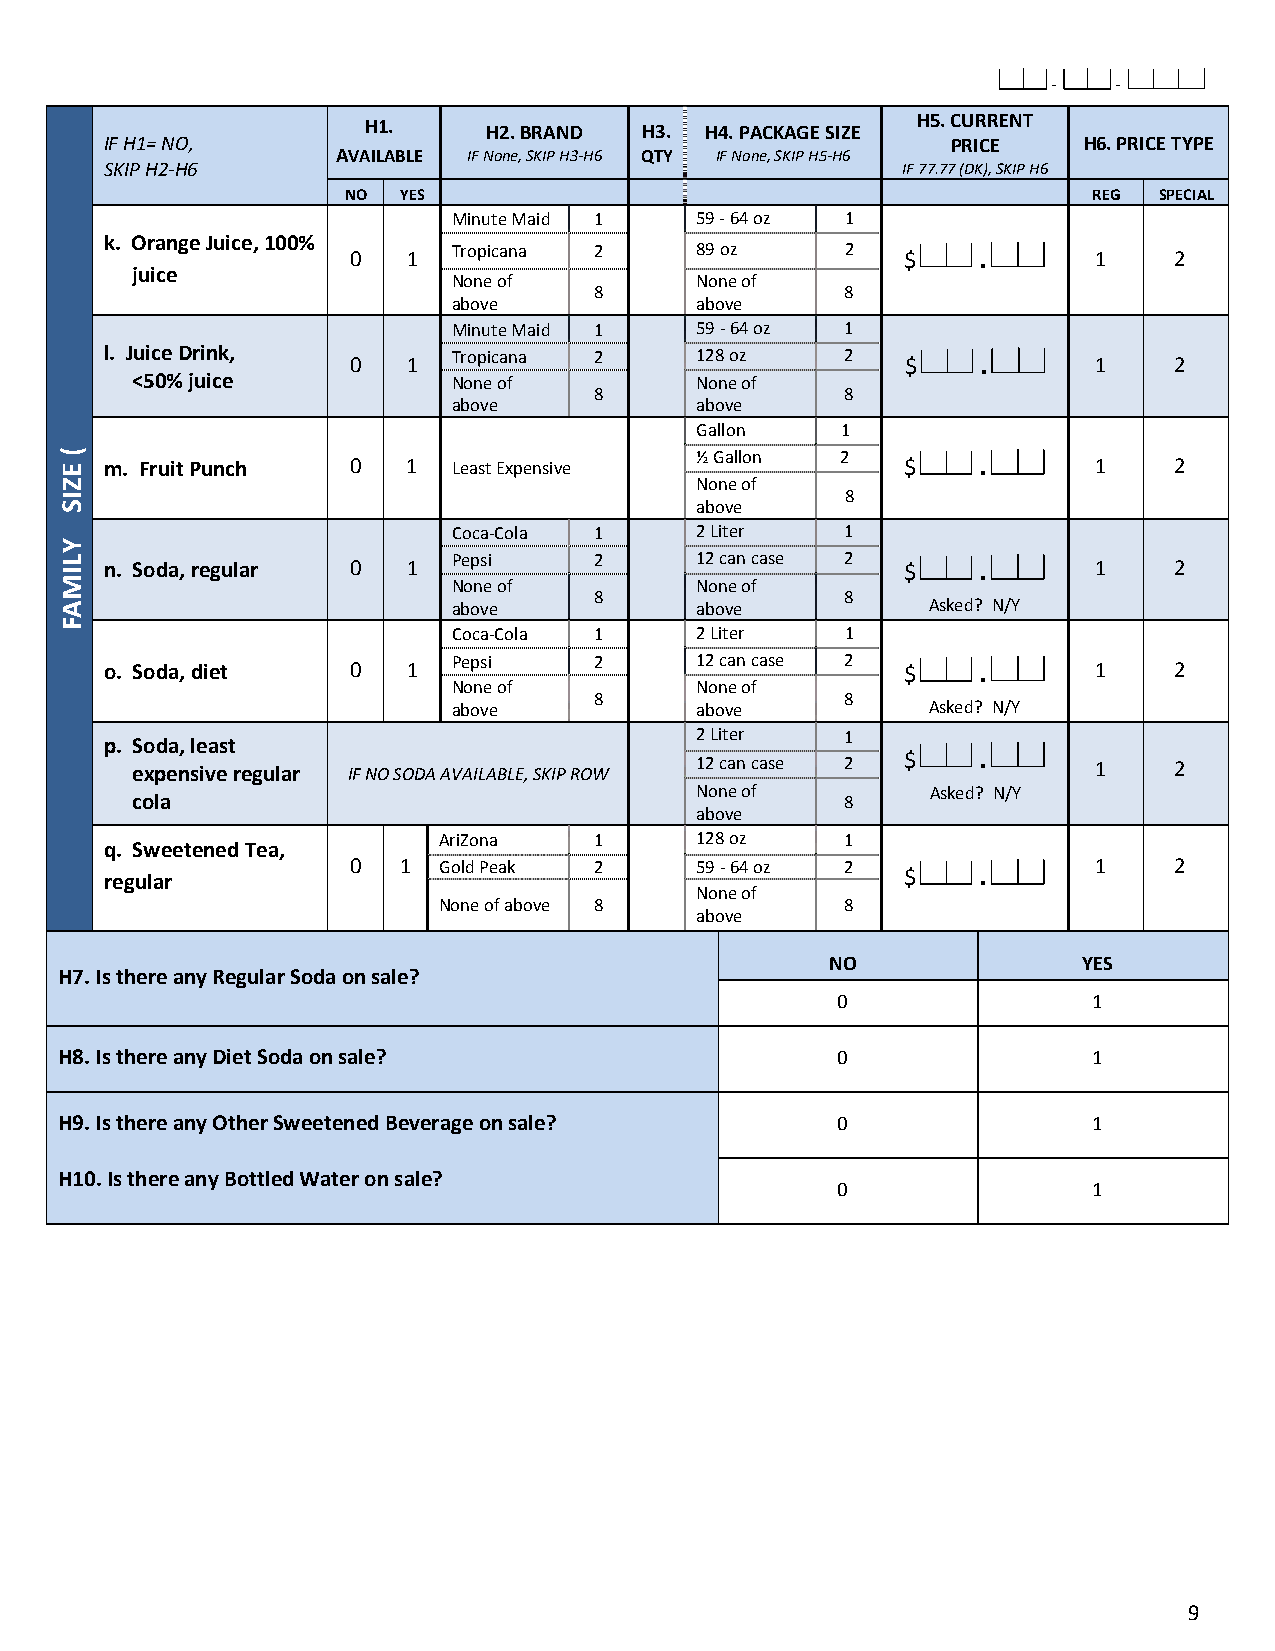
-   -
 H5. CURRENT
 H1.     H2. BRAND  H3. H4. PACKAGE SIZE
 IF H1= NO,                                              PRICE    H6. PRICE TYPE
 AVAILABLE IF None, SKIP H3-H6 QTY IF None, SKIP H5-H6
 SKIP H2-H6                                           IF 77.77 (DK), SKIP H6
 NO YES                                           REG  SPECIAL
 Minute Maid 1   59 - 64 oz 1
 k. Orange Juice, 100%
 0   1  Tropicana 2     89 oz     2   $    .      1     2
 juice
 None of         None of
 8                8
 above           above
 Minute Maid 1   59 - 64 oz 1
 l. Juice Drink, 0   1  Tropicana 2     128 oz    2   $    .      1     2
 <50% juice           None of         None of
 8                8
 above           above
 Gallon    1
 m. Fruit Punch  0   1  Least Expensive ½ Gallon  2   $    .      1     2
 None of
 8
 above
 Coca-Cola 1     2 Liter   1
 n. Soda, regular 0  1  Pepsi    2      12 can case 2 $    .      1     2
 None of         None of
 8                8
 above           above          Asked? N/Y
 Coca-Cola 1     2 Liter   1
 o. Soda, diet   0   1  Pepsi    2      12 can case 2 $    .      1     2
 None of         None of
 8                8
 above           above          Asked? N/Y
 2 Liter   1
 p. Soda, least
 expensive regular IF NO SODA AVAILABLE, SKIP ROW 12 can case 2 $ . 1 2
 cola
 None of
 8
 Asked? N/Y
 above
 AriZona   1      128 oz    1
 q. Sweetened Tea,
 regular         0  1  Gold Peak 2      59 - 64 oz 2  $    .      1     2
 None of
 None of above 8            8
 above
 NO               YES
 H7. Is there any Regular Soda on sale?
 0                1
 H8. Is there any Diet Soda on sale?                0                1
 H9. Is there any Other Sweetened Beverage on sale? 0                1
 H10. Is there any Bottled Water on sale?
 0                1
 9
 ( EZIS
 YLIMAF